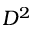
D ^ { 2 }